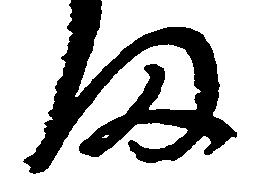
ま